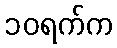
၁၀ရက်က